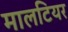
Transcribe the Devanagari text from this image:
मालटियर